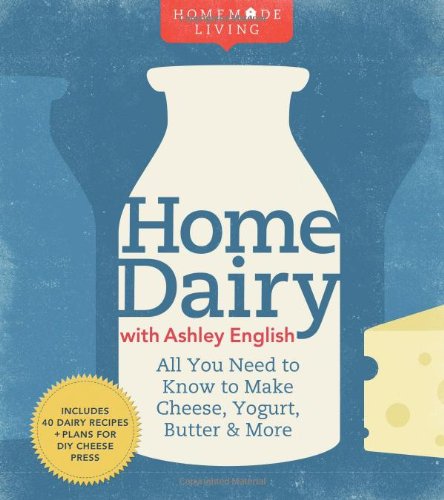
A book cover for Homemade Living: Home Dairy with Ashley English: All You Need to Know to Make Cheese, Yogurt, Butter & More; Ashley English; Cookbooks, Food & Wine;